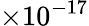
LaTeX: \times 10^{-17}